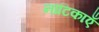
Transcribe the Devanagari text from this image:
नाटिकाएँ